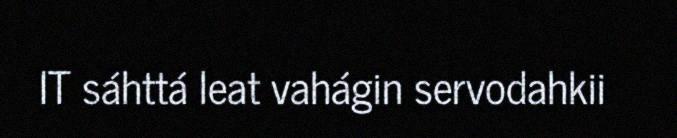
IT sáhttá leat vahágin servodahkii